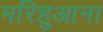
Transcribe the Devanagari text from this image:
मरिहुआना